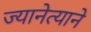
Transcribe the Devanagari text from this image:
ज्यानेत्याने